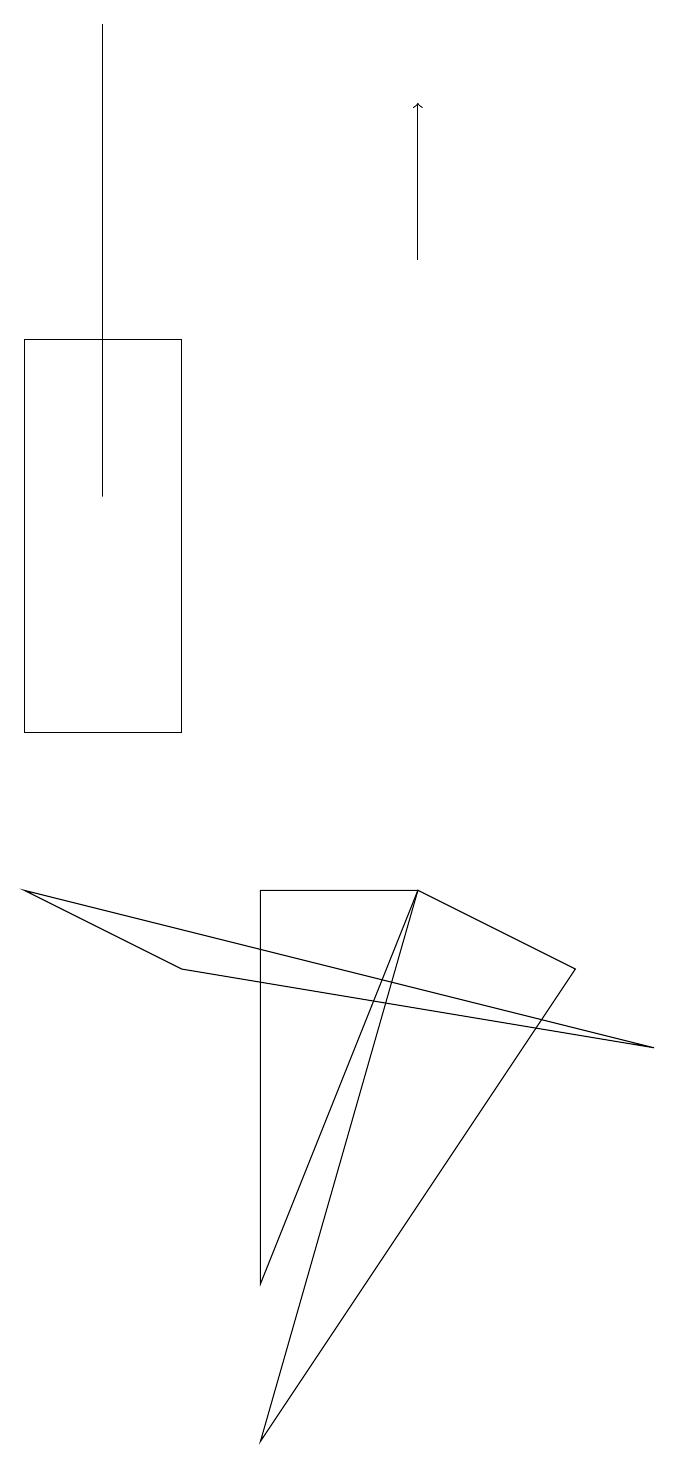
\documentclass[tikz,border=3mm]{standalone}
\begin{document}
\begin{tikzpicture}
\draw (3,15) rectangle (1,10);
\draw (2,13) rectangle (2,19);
\draw[->] (6,16) -- (6,18);
\draw (4,1) -- (6,8) -- (8,7) -- cycle;
\draw (1,8) -- (9,6) -- (3,7) -- cycle;
\draw (4,8) -- (6,8) -- (4,3) -- cycle;
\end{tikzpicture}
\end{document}